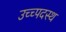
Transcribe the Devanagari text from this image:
उच्च्पदस्थ